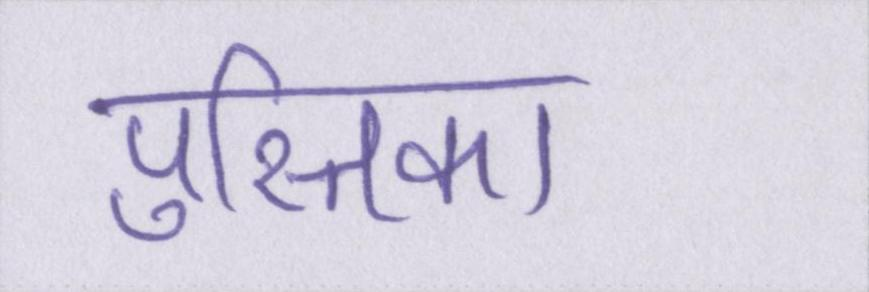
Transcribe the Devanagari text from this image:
पुस्तिका